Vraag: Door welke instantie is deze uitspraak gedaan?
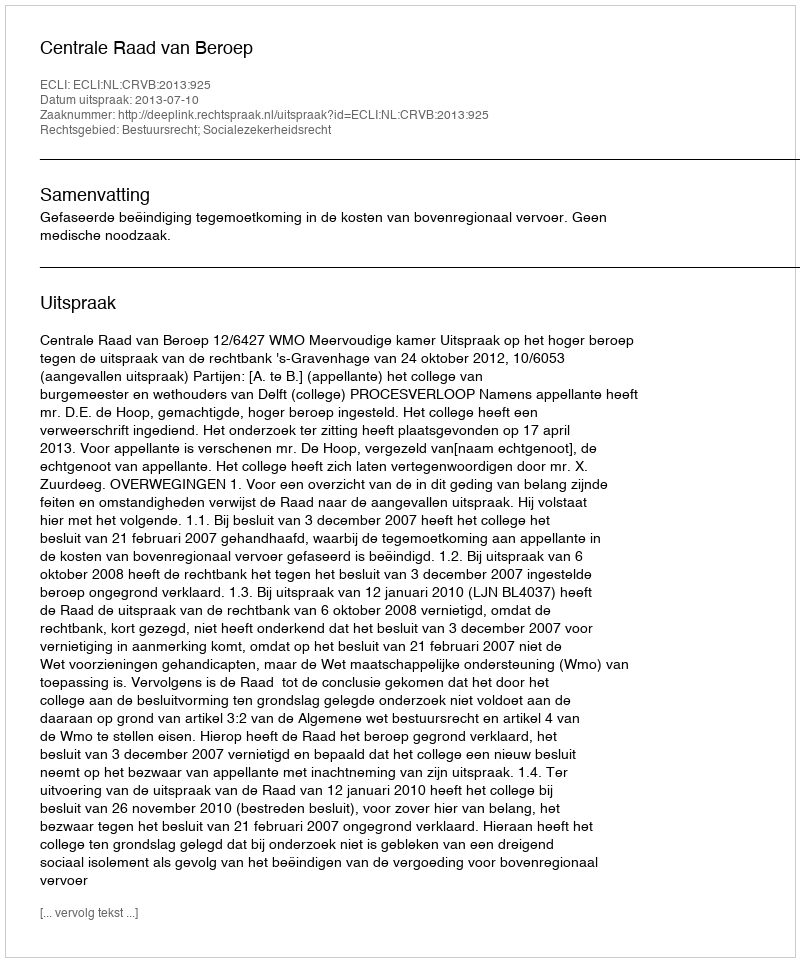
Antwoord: Centrale Raad van Beroep